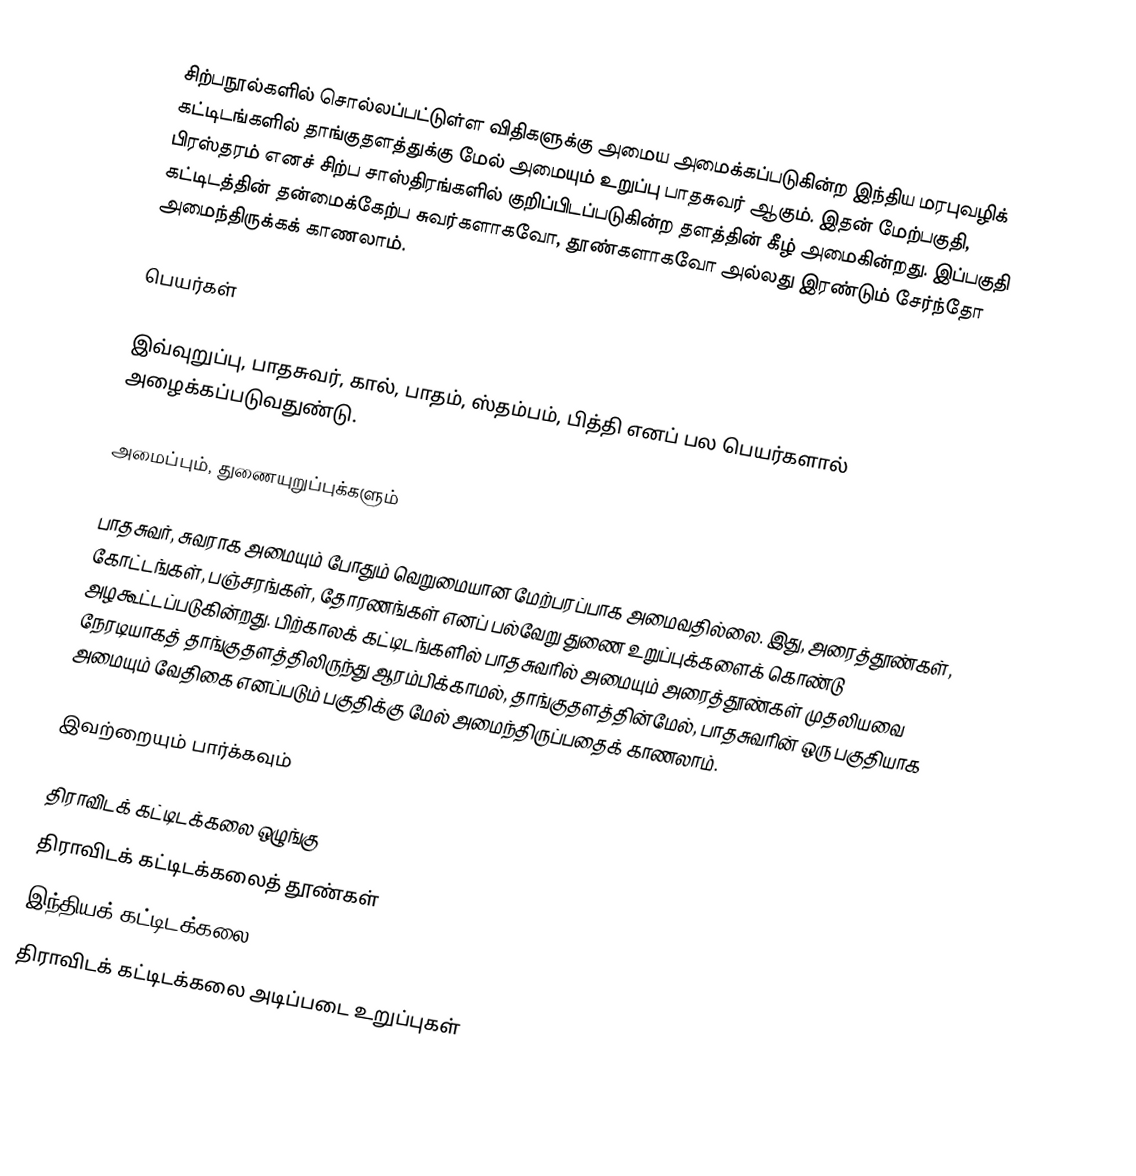
சிற்பநூல்களில் சொல்லப்பட்டுள்ள விதிகளுக்கு அமைய அமைக்கப்படுகின்ற இந்திய மரபுவழிக் கட்டிடங்களில் தாங்குதளத்துக்கு மேல் அமையும் உறுப்பு பாதசுவர் ஆகும். இதன் மேற்பகுதி, பிரஸ்தரம் எனச் சிற்ப சாஸ்திரங்களில் குறிப்பிடப்படுகின்ற தளத்தின் கீழ் அமைகின்றது. இப்பகுதி கட்டிடத்தின் தன்மைக்கேற்ப சுவர்களாகவோ, தூண்களாகவோ அல்லது இரண்டும் சேர்ந்தோ அமைந்திருக்கக் காணலாம்.

பெயர்கள்

இவ்வுறுப்பு, பாதசுவர், கால், பாதம், ஸ்தம்பம், பித்தி எனப் பல பெயர்களால் அழைக்கப்படுவதுண்டு.

அமைப்பும், துணையுறுப்புக்களும்

பாதசுவர், சுவராக அமையும் போதும் வெறுமையான மேற்பரப்பாக அமைவதில்லை. இது, அரைத்தூண்கள், கோட்டங்கள், பஞ்சரங்கள், தோரணங்கள் எனப் பல்வேறு துணை உறுப்புக்களைக் கொண்டு அழகூட்டப்படுகின்றது. பிற்காலக் கட்டிடங்களில் பாதசுவரில் அமையும் அரைத்தூண்கள் முதலியவை நேரடியாகத் தாங்குதளத்திலிருந்து ஆரம்பிக்காமல், தாங்குதளத்தின்மேல், பாதசுவரின் ஒரு பகுதியாக அமையும் வேதிகை எனப்படும் பகுதிக்கு மேல் அமைந்திருப்பதைக் காணலாம்.

இவற்றையும் பார்க்கவும்

 திராவிடக் கட்டிடக்கலை ஒழுங்கு
 திராவிடக் கட்டிடக்கலைத் தூண்கள்
இந்தியக் கட்டிடக்கலை
திராவிடக் கட்டிடக்கலை அடிப்படை உறுப்புகள்